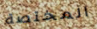
المختصة